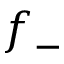
f _ { - }